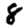
Digit: 8